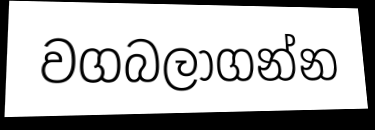
වගබලාගන්න